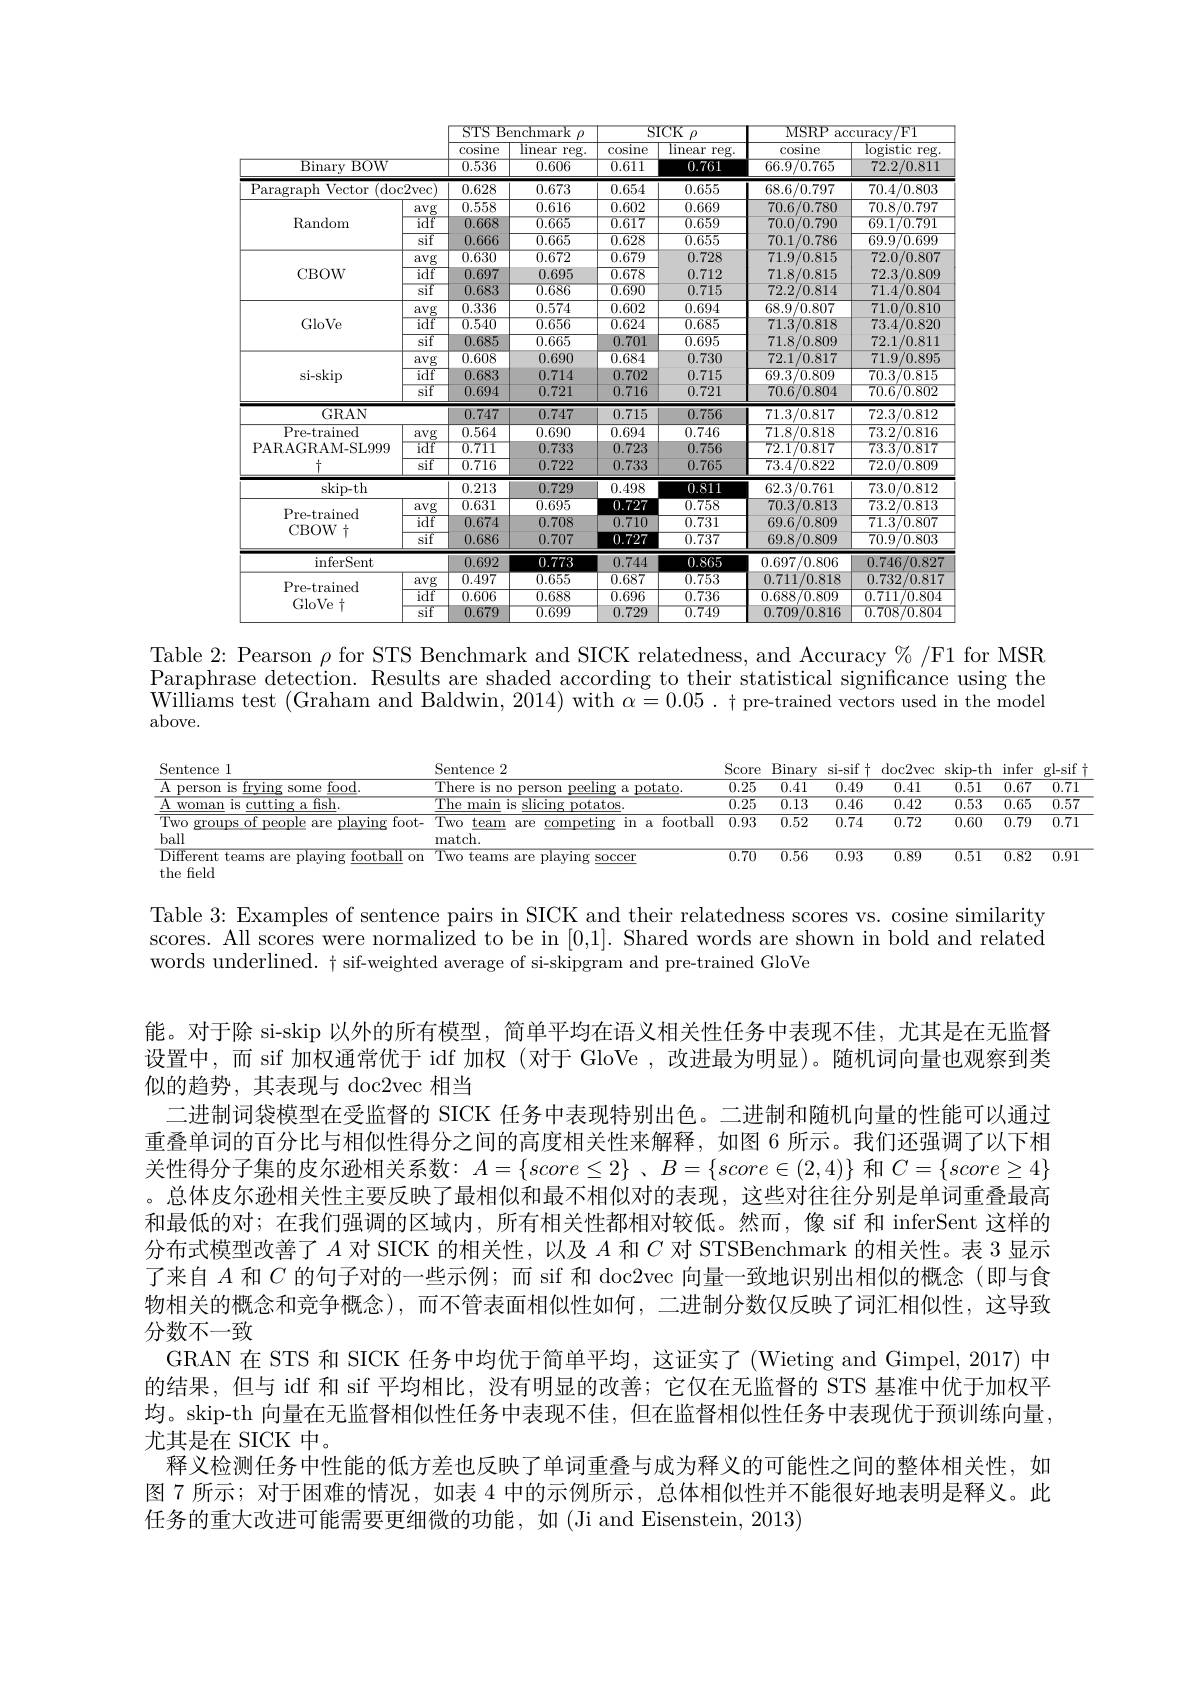
<table>
	<tbody>
		<tr>
			<th> </th>
			<th> </th>
			<th colspan="2">$\mathop{\mathrm{STS~Benchmark~}\rho}$</th>
			<th colspan="2">SICK $\therefore\rho$</th>
			<th colspan="2">MSRP $\operatorname{accuracy}/\operatorname{F1}$</th>
		</tr>
		<tr>
			<th> </th>
			<th> </th>
			<th>cosine</th>
			<th rowspan="2">$\overline{\text{linear}}$ $reg.$ 0.606</th>
			<th rowspan="2">cosine $\overline{0.611}$</th>
			<th rowspan="2">$\overline{\mathrm{linear}}$ $reg.$ 0.761</th>
			<th rowspan="2">$\operatorname{cosine}$ 66.9/0.765</th>
			<th rowspan="2">$\operatorname{logistic}$ $\because$reg. 72.2/0.811</th>
		</tr>
		<tr>
			<th>$\overline{\mathrm{Binary}}$ 1 $BOW$</th>
			<th> </th>
			<th>0.536</th>
		</tr>
		<tr>
			<td>Paragraph Vector (doc</td>
			<td>{:}2vec</td>
			<td>0.628</td>
			<td>0.673</td>
			<td>0.654</td>
			<td>0.655</td>
			<td>68.6/0.797</td>
			<td>70.4/0.803</td>
		</tr>
		<tr>
			<td rowspan="3">$\operatorname{Random}$</td>
			<td>avg</td>
			<td>0.558</td>
			<td>0.616</td>
			<td>0.602</td>
			<td>0.669</td>
			<td>70.6/0.780</td>
			<td>70.8/0.797</td>
		</tr>
		<tr>
			<td>idf</td>
			<td>0.668</td>
			<td>$\overline{0.665}$</td>
			<td>0.617</td>
			<td>0.659</td>
			<td>70.0/0.790</td>
			<td>69.1/0.791</td>
		</tr>
		<tr>
			<td>sif</td>
			<td>0.666</td>
			<td>0.665</td>
			<td>0.628</td>
			<td>0.655</td>
			<td>70.1/0.786</td>
			<td>69.9/0.699</td>
		</tr>
		<tr>
			<td rowspan="3">CBOW</td>
			<td>avg</td>
			<td>0.630</td>
			<td>0.672</td>
			<td>0.679</td>
			<td>0.728</td>
			<td>71.9/0.815</td>
			<td>72.0/0.807</td>
		</tr>
		<tr>
			<td>idf</td>
			<td>0.697</td>
			<td>0.695</td>
			<td>0.678</td>
			<td>0.712</td>
			<td>71.8/0.815</td>
			<td>72.3/0.809</td>
		</tr>
		<tr>
			<td>$\operatorname{sif}$</td>
			<td>0.683</td>
			<td>0.686</td>
			<td>0.690</td>
			<td>0.715</td>
			<td>72.2/0.814</td>
			<td>71.4/0.804</td>
		</tr>
		<tr>
			<td rowspan="3">GloVe</td>
			<td>avg</td>
			<td>0.336</td>
			<td>0.574</td>
			<td>0.602</td>
			<td>0.694</td>
			<td>68.9/0.807</td>
			<td>71.0/0.810</td>
		</tr>
		<tr>
			<td>idf</td>
			<td>$\overline{0.540}$</td>
			<td>0.656</td>
			<td>0.624</td>
			<td>0.685</td>
			<td>71.3/0.818</td>
			<td>73.4/0.820</td>
		</tr>
		<tr>
			<td>sif</td>
			<td>0.685</td>
			<td>0.665</td>
			<td>0.701</td>
			<td>$\overline{0.695}$</td>
			<td>71.8/0.809</td>
			<td>72.1/0.811</td>
		</tr>
		<tr>
			<td> </td>
			<td>avg</td>
			<td>0.608</td>
			<td>0.690</td>
			<td>0.684</td>
			<td>0.730</td>
			<td>72.1/0.817</td>
			<td>71.9/0.895</td>
		</tr>
		<tr>
			<td>si-skip</td>
			<td>idf</td>
			<td>0.683</td>
			<td>0.714</td>
			<td>0.702</td>
			<td>0.715</td>
			<td>69.3/0.809</td>
			<td>70.3/0.815</td>
		</tr>
		<tr>
			<td> </td>
			<td>$\operatorname{sif}$</td>
			<td>0.694</td>
			<td>0.721</td>
			<td>0.716</td>
			<td>0.721</td>
			<td>70.6/0.804</td>
			<td>70.6/0.802</td>
		</tr>
		<tr>
			<td colspan="2">GRAN</td>
			<td>0.747</td>
			<td>0.747</td>
			<td>0.715</td>
			<td>0.756</td>
			<td>71.3/0.817</td>
			<td>72.3/0.812</td>
		</tr>
		<tr>
			<td rowspan="3">Pre-trained PARAGRAM-SL999 +</td>
			<td>avg</td>
			<td>0.564</td>
			<td>0.690</td>
			<td>0.694</td>
			<td>0.746</td>
			<td>71.8/0.818</td>
			<td>73.2/0.816</td>
		</tr>
		<tr>
			<td>idf</td>
			<td>0.711</td>
			<td>0.733</td>
			<td>0.723</td>
			<td>0.756</td>
			<td>72.1/0.817</td>
			<td>73.3/0.817</td>
		</tr>
		<tr>
			<td>sif</td>
			<td>$\overline{0.716}$</td>
			<td>0.722</td>
			<td>0.733</td>
			<td>0.765</td>
			<td>73.4/0.822</td>
			<td>72.0/0.809</td>
		</tr>
		<tr>
			<td>skip-th</td>
			<td> </td>
			<td>0.213</td>
			<td>0.729</td>
			<td>0.498</td>
			<td>0.811</td>
			<td>62.3/0.761</td>
			<td>73.0/0.812</td>
		</tr>
		<tr>
			<td> </td>
			<td>avg</td>
			<td>0.631</td>
			<td>0.695</td>
			<td>0.727</td>
			<td>$\overline{0.758}$</td>
			<td>70.3/0.813</td>
			<td>73.2/0.813</td>
		</tr>
		<tr>
			<td rowspan="2">rie-tidileu CBOW+</td>
			<td>idf</td>
			<td>0.674</td>
			<td>0.708</td>
			<td>0.710</td>
			<td>$\overline{0.731}$</td>
			<td>69.6/0.809</td>
			<td>71.3/0.807</td>
		</tr>
		<tr>
			<td>$\overline{\mathrm{sif}}$</td>
			<td>0.686</td>
			<td>0.707</td>
			<td>0.727</td>
			<td>0.737</td>
			<td>69.8/0.809</td>
			<td>70.9/0.803</td>
		</tr>
		<tr>
			<td colspan="2">$\operatorname{inferSent}$</td>
			<td>0.692</td>
			<td>0.773</td>
			<td>0.744</td>
			<td>0.865</td>
			<td>0.697/0.806</td>
			<td>0.746/0.827</td>
		</tr>
		<tr>
			<td rowspan="3">Pre-trained GloVe $\dagger$</td>
			<td>avg</td>
			<td>0.497</td>
			<td>$\overline{0.655}$</td>
			<td>0.687</td>
			<td>$\overline{0.753}$</td>
			<td>0.711/0.818</td>
			<td>0.732/0.817</td>
		</tr>
		<tr>
			<td>idf</td>
			<td>0.606</td>
			<td>0.688</td>
			<td>0.696</td>
			<td>$\overline{0.736}$</td>
			<td>0.688/0.809</td>
			<td>0.711/0.804</td>
		</tr>
		<tr>
			<td>$\operatorname{sif}$</td>
			<td>0.679</td>
			<td>0.699</td>
			<td>0.729</td>
			<td>0.749</td>
			<td>0.709/0.816</td>
			<td>0.708/0.804</td>
		</tr>
	</tbody>
</table>

Table 2: Pearson $\rho$ for STS Benchmark and SICK relatedness, and Accuracy%/F1 for MSR Paraphrase detection. Results are shaded according to their statistical significance using the $\tilde{\text{Williams test }}($Graham and Baldwin, 2014) with $\alpha=0.05.\dagger$ pre-trained vectors used in the model above.

<table>
	<tbody>
		<tr>
			<th>A person is frving some food.</th>
			<th>There potato 15 $a$</th>
			<th>0.25</th>
			<th>$\overline{0.25}$</th>
			<th>0.41</th>
			<th>0.49</th>
			<th>0.41</th>
			<th>0.51</th>
			<th>0.67</th>
			<th>$f$</th>
		</tr>
		<tr>
			<td>A woman is cutting a fsh. T</td>
			<td>The $\operatorname{potatos}$ licino</td>
			<td>$\overline{0.25}$</td>
			<td>$\overline{0.25}$</td>
			<td>$\overline{0.13}$</td>
			<td>$\overline{0.46}$</td>
			<td>$\overline{0.42}$</td>
			<td>$\overline{0.53}$</td>
			<td>$\overline{0.65}$</td>
			<td>$f$</td>
		</tr>
		<tr>
			<td>Two groups of people are playing foot- ball</td>
			<td>Two team are competing in a football match.</td>
			<td>$\overline{0.93}$</td>
			<td>$\overline{0.93}$</td>
			<td>0.52</td>
			<td>0.74</td>
			<td>0.72</td>
			<td>0.60</td>
			<td>0.79</td>
			<td>1</td>
		</tr>
		<tr>
			<td>$\overline{\mathrm{Different~teams~are~playing~football~on}}$</td>
			<td>$1WO$ teams S $H.$ AVT mp soccer</td>
			<td>$\overline{0.70}$</td>
			<td>$\overline{0.70}$</td>
			<td>$\overline{0.56}$</td>
			<td>$\overline{0.93}$</td>
			<td>$\overline{0.89}$</td>
			<td>$\overline{0.51}$</td>
			<td>$\overline{0.82}$</td>
			<td>$f$</td>
		</tr>
	</tbody>
</table>
the field

Table 3: Examples of sentence pairs in SICK and their relatedness scores vs. cosine similarity scores. All scores were normalized to be in [0,1]. Shared words are shown in bold and related words underlined. t sif-weighted average of si-skipgram and pre-trained GloVe

能。对于除 si-skip 以外的所有模型，简单平均在语义相关性任务中表现不佳，尤其是在无监督设置中，而 sif 加权通常优于 idf 加权 (对于 GloVe ,改进最为明显)。随机词向量也观察到类似的趋势，其表现与 doc2vec 相当
二进制词袋模型在受监督的 SICK 任务中表现特别出色。二进制和随机向量的性能可以通过重叠单词的百分比与相似性得分之间的高度相关性来解释，如图 6 所示。我们还强调了以下相关性得分子集的皮尔逊相关系数$:A=\{score\leq2\}$ ,$B=\{score\in(2,4)\}$ 和 $C=\{score\geq4\}$ 。总体皮尔逊相关性主要反映了最相似和最不相似对的表现，这些对往往分别是单词重叠最高和最低的对；在我们强调的区域内，所有相关性都相对较低。然而，像 sif 和 inferSent 这样的分布式模型改善了$A$对 SICK 的相关性，以及$A$和$C$对 STSBenchmark 的相关性。表 3 显示了来自$A$和$C$的句子对的一些示例；而 sif 和 doc2vec 向量一致地识别出相似的概念(即与食物相关的概念和竞争概念),而不管表面相似性如何，二进制分数仅反映了词汇相似性，这导致分数不一致
GRAN 在 STS 和 SICK 任务中均优于简单平均，这证实了 (Wieting and Gimpel, 2017) 中的结果，但与 idf 和 sif 平均相比，没有明显的改善；它仅在无监督的 STS 基准中优于加权平均。skip-th 向量在无监督相似性任务中表现不佳，但在监督相似性任务中表现优于预训练向量， 尤其是在 SICK 中。
释义检测任务中性能的低方差也反映了单词重叠与成为释义的可能性之间的整体相关性，如图 7 所示；对于困难的情况，如表 4 中的示例所示，总体相似性并不能很好地表明是释义。此任务的重大改进可能需要更细微的功能，如(Ji and Eisenstein, 2013)